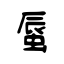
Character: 蜃